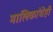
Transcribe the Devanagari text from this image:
मालिकांचेही